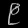
Digit: ၉